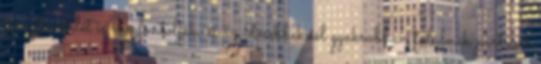
igénybevételét is megfontolják, és az idősebbeknél gyakrabban találnak partnert